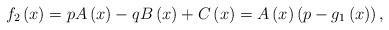
LaTeX: \begin{align*}f_{2}\left( x\right) =pA\left( x\right) -qB\left( x\right) +C\left( x\right)=A\left( x\right) \left( p-g_{1}\left( x\right) \right) , \end{align*}